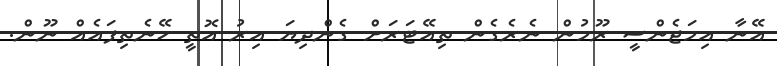
އޭނާ އިމަޖެންސީ ރޫމުން ނެރެގެން ތިއޭޓަރަށް ގެންދިޔަ އިރު އޮތީ ހޭނެތިފައެއް ނޫން.